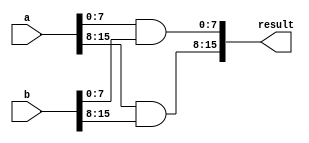
`timescale 1 ns / 1 ps

module ander4 (a, b, result);

  input [15:0] a,b;
  output [15:0] result;
  wire [7:0] c,d;

  assign c = a[15:8] & b[15:8];
  assign d = a[7:0] & b[7:0];
  assign result = {c,d};

endmodule